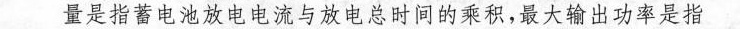
量是指蓄电池放电电流与放电总时间的乘积，最大输出功率是指